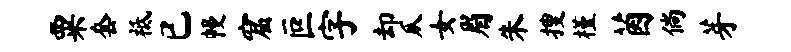
粟套祗已幔窟叵字却瓜女眉朱搜槿茵倘芽